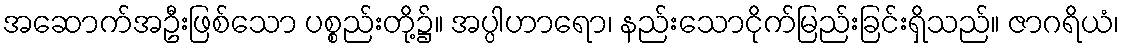
အဆောက်အဦးဖြစ်သော ပစ္စည်းတို့၌။ အပ္ပါဟာရော၊ နည်းသောငိုက်မြည်းခြင်းရှိသည်။ ဇာဂရိယံ၊